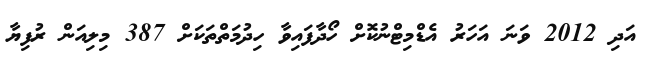
އަދި 2012 ވަނަ އަހަރު އެޑްމިޓްނުކޮށް ހޯދާފައިވާ ހިދުމަތްތަކަށް 387 މިލިއަން ރުފިޔާ